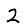
Digit: 2